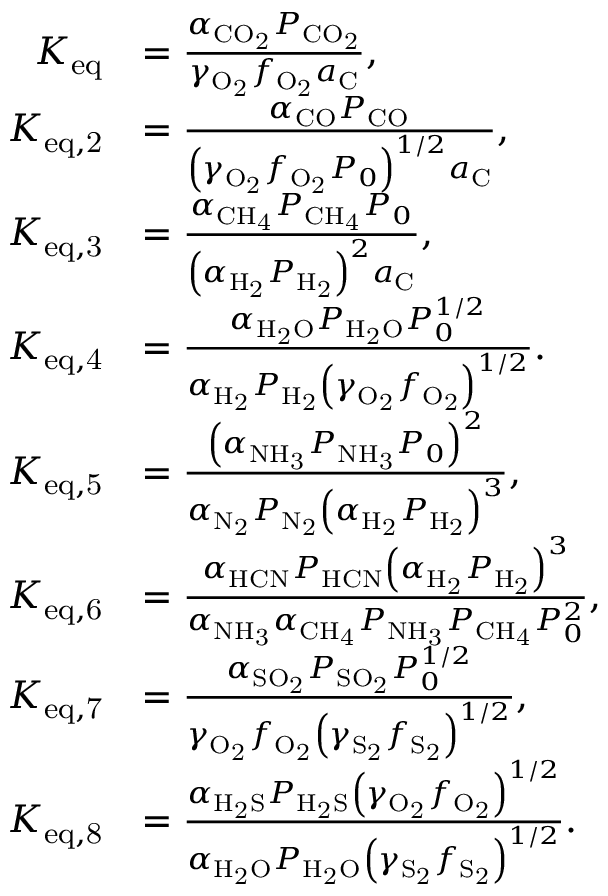
\begin{array} { r l } { K _ { \mathrm { e q } } } & { = \frac { \alpha _ { \mathrm { C O _ { 2 } } } P _ { \mathrm { C O _ { 2 } } } } { \gamma _ { \mathrm { O _ { 2 } } } f _ { \mathrm { O _ { 2 } } } a _ { \mathrm { C } } } , } \\ { K _ { \mathrm { e q , 2 } } } & { = \frac { \alpha _ { \mathrm { C O } } P _ { \mathrm { C O } } } { \left( \gamma _ { \mathrm { O _ { 2 } } } f _ { \mathrm { O _ { 2 } } } P _ { 0 } \right) ^ { 1 / 2 } a _ { \mathrm { C } } } , } \\ { K _ { \mathrm { e q , 3 } } } & { = \frac { \alpha _ { \mathrm { C H _ { 4 } } } P _ { \mathrm { C H _ { 4 } } } P _ { 0 } } { \left( \alpha _ { \mathrm { H _ { 2 } } } P _ { \mathrm { H _ { 2 } } } \right) ^ { 2 } a _ { \mathrm { C } } } , } \\ { K _ { \mathrm { e q , 4 } } } & { = \frac { \alpha _ { \mathrm { H _ { 2 } O } } P _ { \mathrm { H _ { 2 } O } } P _ { 0 } ^ { 1 / 2 } } { \alpha _ { \mathrm { H _ { 2 } } } P _ { \mathrm { H _ { 2 } } } \left( \gamma _ { \mathrm { O _ { 2 } } } f _ { \mathrm { O _ { 2 } } } \right) ^ { 1 / 2 } } . } \\ { K _ { \mathrm { e q , 5 } } } & { = \frac { \left( \alpha _ { \mathrm { N H _ { 3 } } } P _ { \mathrm { N H _ { 3 } } } P _ { 0 } \right) ^ { 2 } } { \alpha _ { \mathrm { N _ { 2 } } } P _ { \mathrm { N _ { 2 } } } \left( \alpha _ { \mathrm { H _ { 2 } } } P _ { \mathrm { H _ { 2 } } } \right) ^ { 3 } } , } \\ { K _ { \mathrm { e q , 6 } } } & { = \frac { \alpha _ { \mathrm { H C N } } P _ { \mathrm { H C N } } \left( \alpha _ { \mathrm { H _ { 2 } } } P _ { \mathrm { H _ { 2 } } } \right) ^ { 3 } } { \alpha _ { \mathrm { N H _ { 3 } } } \alpha _ { \mathrm { C H _ { 4 } } } P _ { \mathrm { N H _ { 3 } } } P _ { \mathrm { C H _ { 4 } } } P _ { 0 } ^ { 2 } } , } \\ { K _ { \mathrm { e q , 7 } } } & { = \frac { \alpha _ { \mathrm { S O _ { 2 } } } P _ { \mathrm { S O _ { 2 } } } P _ { 0 } ^ { 1 / 2 } } { \gamma _ { \mathrm { O _ { 2 } } } f _ { \mathrm { O _ { 2 } } } \left( \gamma _ { \mathrm { S _ { 2 } } } f _ { \mathrm { S _ { 2 } } } \right) ^ { 1 / 2 } } , } \\ { K _ { \mathrm { e q , 8 } } } & { = \frac { \alpha _ { \mathrm { H _ { 2 } S } } P _ { \mathrm { H _ { 2 } S } } \left( \gamma _ { \mathrm { O _ { 2 } } } f _ { \mathrm { O _ { 2 } } } \right) ^ { 1 / 2 } } { \alpha _ { \mathrm { H _ { 2 } O } } P _ { \mathrm { H _ { 2 } O } } \left( \gamma _ { \mathrm { S _ { 2 } } } f _ { \mathrm { S _ { 2 } } } \right) ^ { 1 / 2 } } . } \end{array}